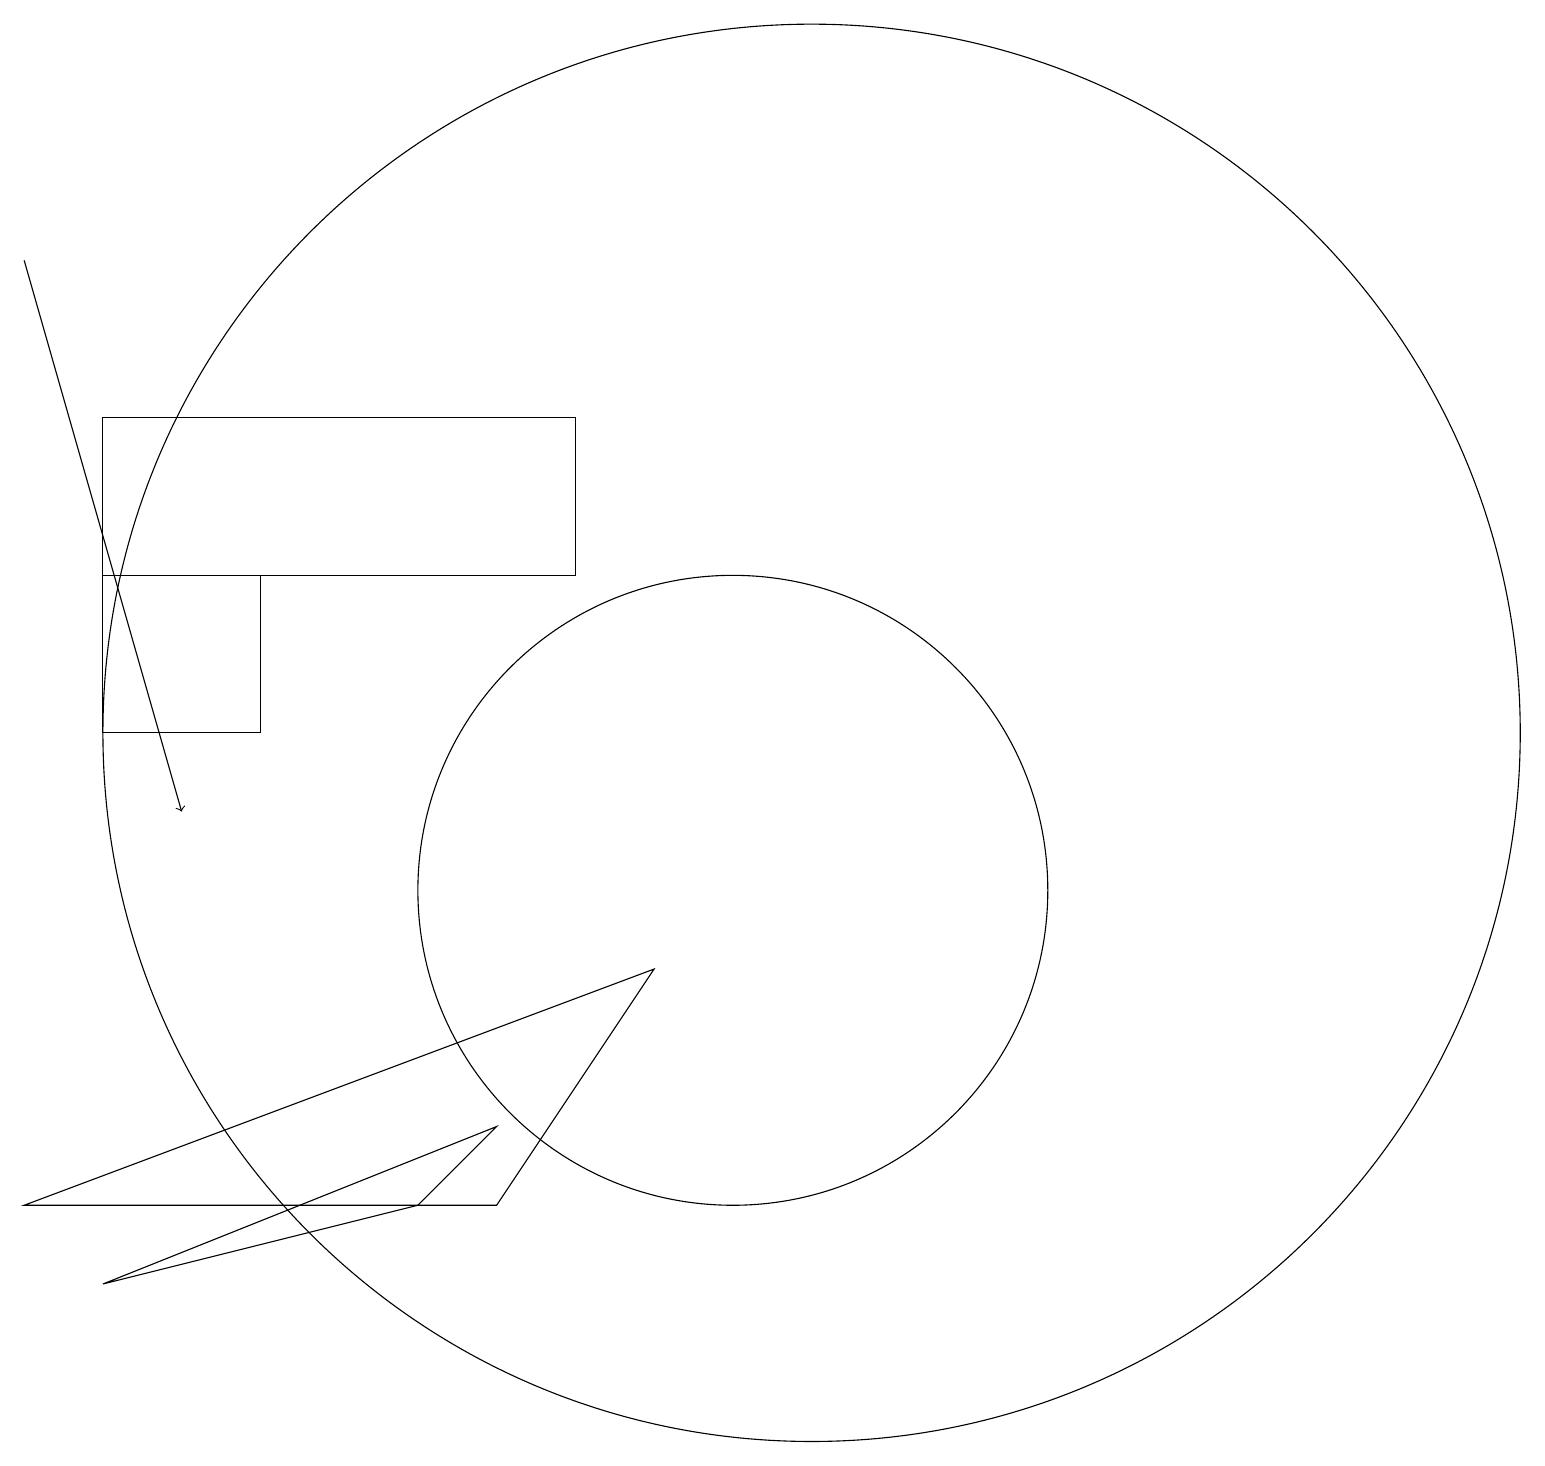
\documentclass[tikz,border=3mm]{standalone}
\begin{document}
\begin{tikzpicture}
\draw (8,14) rectangle (2,16);
\draw (11,11) circle (0);
\draw (11,12) circle (9);
\draw (4,12) rectangle (2,14);
\draw (1,6) -- (7,6) -- (9,9) -- cycle;
\draw[->] (1,18) -- (3,11);
\draw (10,10) circle (4);
\draw (7,7) -- (2,5) -- (6,6) -- cycle;
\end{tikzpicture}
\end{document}